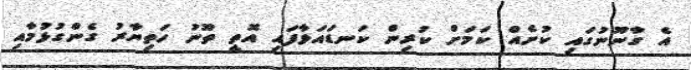
އެ ގާނޫނުގައި ކުށެއް ކަމަށް ކުރިން ކަނޑައަޅާފައި އޮތީ ތޫނު ހަތިޔާރު ގެންގުޅުމާއި